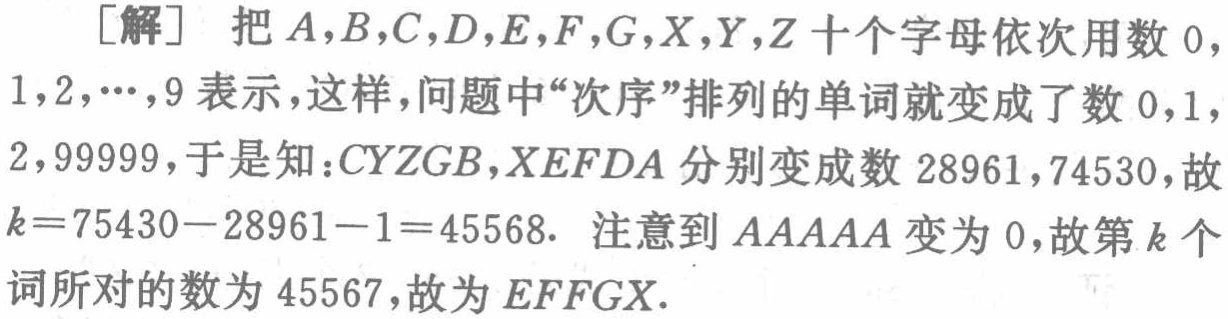
[解] 把 \(A,B,C,D,E,F,G,X,Y,Z\) 十个字母依次用数 \(0,1,2,\cdots,9\) 表示，这样，问题中“次序”排列的单词就变成了数 \(0,1,2,99999\)，于是知：\(CYZGB\)，\(XEFDA\) 分别变成数 \(28961\)，\(74530\)，故 \(k = 75430 - 28961 - 1=45568\). 注意到 \(AAAAA\) 变为 \(0\)，故第 \(k\) 个词所对的数为 \(45567\)，故为 \(EFFGX\).